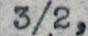
3/2,